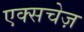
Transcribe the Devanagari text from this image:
एक्सचेज़